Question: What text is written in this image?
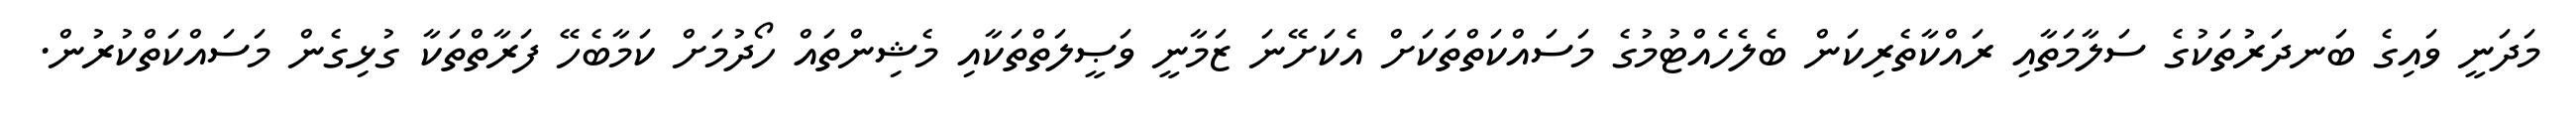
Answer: މަދަނީ ވައިގެ ބަނދަރުތަކުގެ ސަލާމަތާއި ރައްކާތެރިކަން ބެލެހެއްޓުމުގެ މަސައްކަތްތަކަށް އެކަށޭނަ ޒަމާނީ ވަޞީލަތްތަކާއި މެޝިންތައް ހޯދުމަށް ކަމާބެހޭ ފަރާތްތަކާ ގުޅިގެން މަސައްކަތްކުރުން.